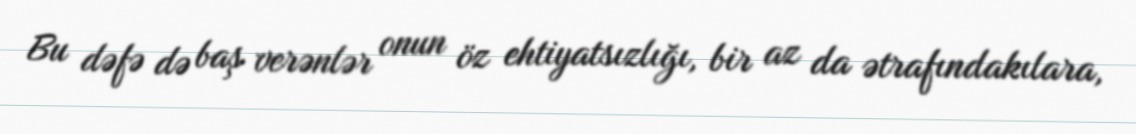
Bu dəfə də baş verənlər onun öz ehtiyatsızlığı, bir az da ətrafındakılara,